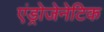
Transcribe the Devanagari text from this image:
एंड्रोजेनेटिक